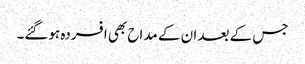
جس کے بعد ان کے مداح بھی افسردہ ہوگئے۔